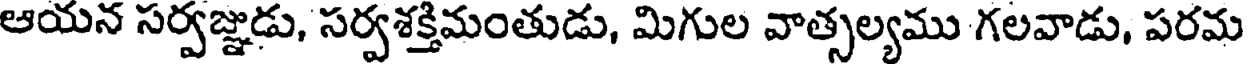
ఆయన సర్వజ్ఞుడు, సర్వశక్తిమంతుడు, మిగుల వాత్సల్యము గలవాడు, పరమ